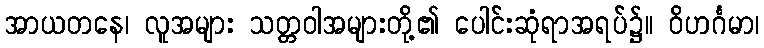
အာယတနေ၊ လူအများ သတ္တဝါအများတို့၏ ပေါင်းဆုံရာအရပ်၌။ ဝိဟင်္ဂမာ၊